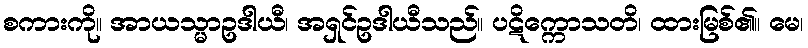
စကားကို။ အာယသ္မာဥဒါယီ၊ အရှင်ဥဒါယီသည်။ ပဋိက္ကောသတိ၊ ထားမြစ်၏။ မေ၊